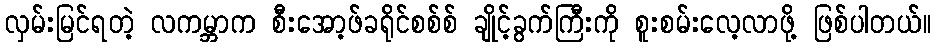
လှမ်းမြင်ရတဲ့ လကမ္ဘာက စီးအော့ဖ်ခရိုင်စစ်စ် ချိုင့်ခွက်ကြီးကို စူးစမ်းလေ့လာဖို့ ဖြစ်ပါတယ်။